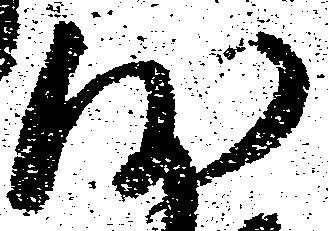
沙